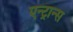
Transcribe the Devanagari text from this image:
एन्ट्रान्स